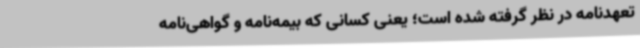
تعهدنامه در نظر گرفته شده است؛ یعنی کسانی که بیمه‌نامه و گواهی‌نامه